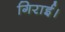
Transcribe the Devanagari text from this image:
गिराई।